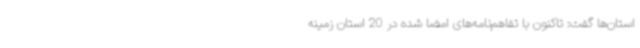
استان‌ها گفت: تاکنون با تفاهم‌نامه‌های امضا شده در 20 استان زمینه